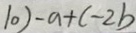
1 0 ) - a + c - 2 b